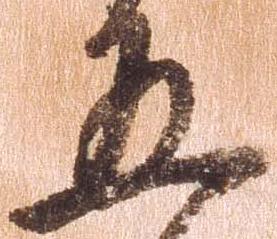
五